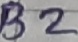
Text: B2